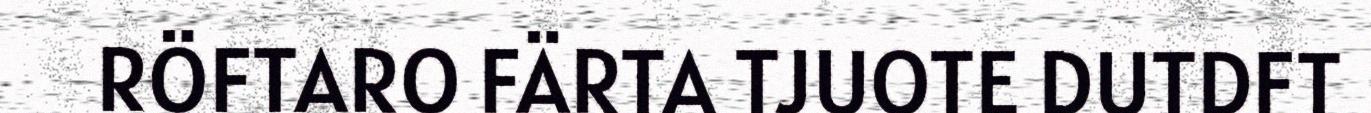
RÖFTARO FÄRTA TJUOTE DUTDFT